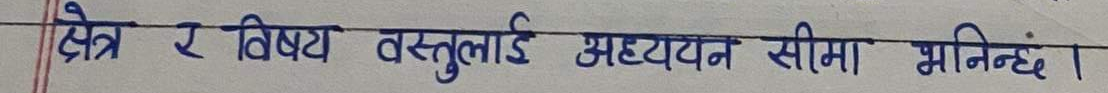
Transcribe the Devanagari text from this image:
क्षेत्र र विषय वस्तुलाई अध्ययन सीमा मानिन्छ।